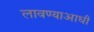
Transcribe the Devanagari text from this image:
लावण्‍याआधी